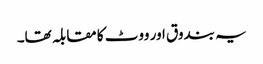
یہ بندوق اور ووٹ کا مقابلہ تھا۔